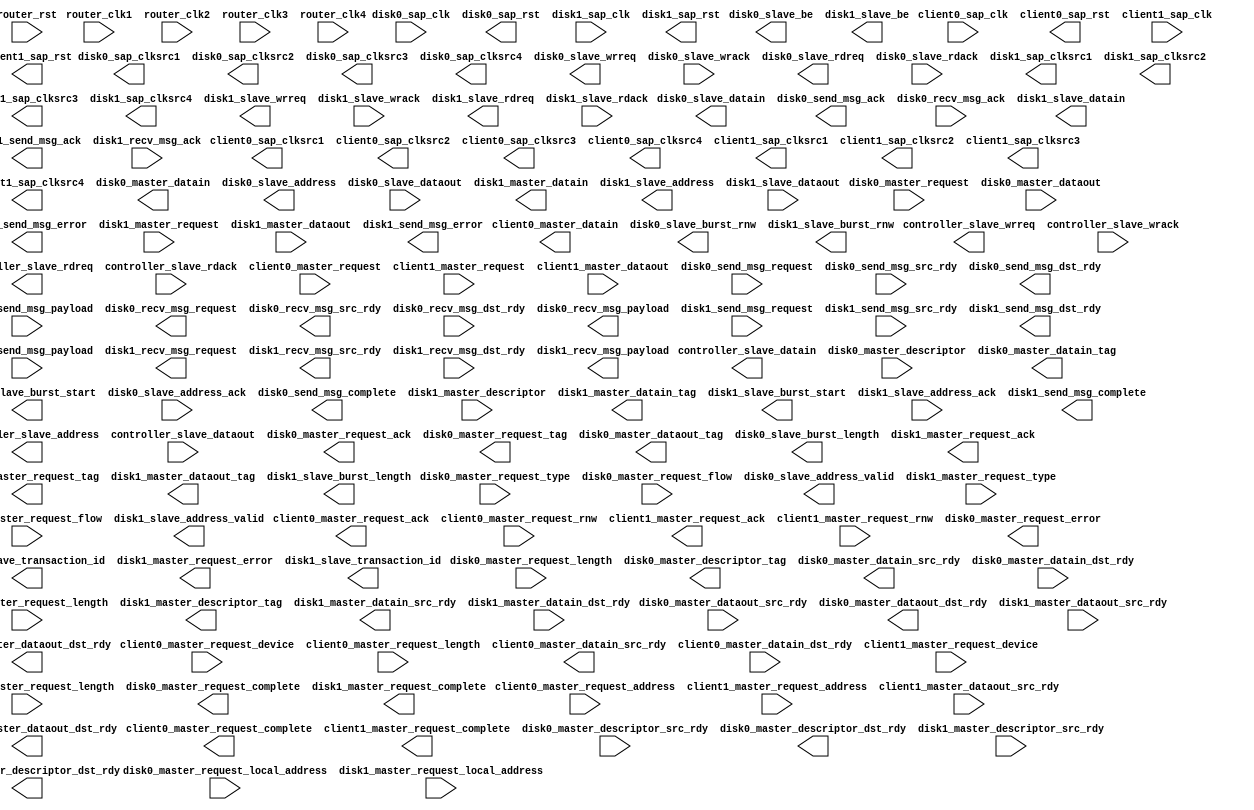
/////////////////////////////////////////////////////////////////////////////
// system_c.v
// 7/7/2011
//
// Sungho Park
// Microsystems Design Lab
// Department of Computer Science and Engineering
// Pennsylvania State University
/////////////////////////////////////////////////////////////////////////////

`timescale 1ns / 1ps

`define CHANNEL_TYPE_OUTPUT	0
`define CHANNEL_TYPE_INPUT	1
`define CHANNEL_TYPE_BIDIR	2
`define	CHANNEL_TYPE_NONE	3

module router
(
	router_clk1							,
	router_clk2							,
	router_clk3							,
	router_clk4							,
	router_rst							,
	
	controller_slave_address			,
	controller_slave_wrreq				,
	controller_slave_wrack				,
	controller_slave_datain				,
	controller_slave_rdreq				,
	controller_slave_rdack				,
	controller_slave_dataout			,
	
	client0_sap_clksrc1					,
	client0_sap_clksrc2					,
	client0_sap_clksrc3					,
	client0_sap_clksrc4					,
	client0_sap_clk						,
	client0_sap_rst						,
	client0_master_request				,
	client0_master_request_device		,
	client0_master_request_ack			,
	client0_master_request_complete		,
	client0_master_request_address		,
	client0_master_request_length		,
	client0_master_request_rnw			,
	client0_master_datain_src_rdy		,
	client0_master_datain_dst_rdy		,
	client0_master_datain				,
		
	client1_sap_clksrc1					,
	client1_sap_clksrc2					,
	client1_sap_clksrc3					,
	client1_sap_clksrc4					,
	client1_sap_clk						,
	client1_sap_rst						,
	client1_master_request				,
	client1_master_request_device		,
	client1_master_request_ack			,
	client1_master_request_complete		,
	client1_master_request_address		,
	client1_master_request_length		,
	client1_master_request_rnw			,
	client1_master_dataout_src_rdy		,
	client1_master_dataout_dst_rdy		,
	client1_master_dataout				,
	
	disk0_sap_clksrc1					,
	disk0_sap_clksrc2					,
	disk0_sap_clksrc3					,
	disk0_sap_clksrc4					,
	disk0_sap_clk						,
	disk0_sap_rst						,
	disk0_master_request				,
	disk0_master_request_ack			,
	disk0_master_request_complete		,
	disk0_master_request_type			,
	disk0_master_request_error			,
	disk0_master_request_tag			,
	disk0_master_request_flow			,
	disk0_master_request_local_address	,
	disk0_master_request_length			,
	disk0_master_descriptor_src_rdy		,
	disk0_master_descriptor_dst_rdy		,
	disk0_master_descriptor_tag			,
	disk0_master_descriptor				,
	disk0_master_datain_src_rdy			,
	disk0_master_datain_dst_rdy			,
	disk0_master_datain_tag				,
	disk0_master_datain					,
	disk0_master_dataout_src_rdy		,
	disk0_master_dataout_dst_rdy		,
	disk0_master_dataout_tag			,
	disk0_master_dataout				,
	disk0_slave_burst_start				,
	disk0_slave_burst_length			,
	disk0_slave_burst_rnw				,
	disk0_slave_address					,
	disk0_slave_transaction_id			,
	disk0_slave_address_valid			,
	disk0_slave_address_ack				,
	disk0_slave_wrreq					,
	disk0_slave_wrack					,
	disk0_slave_be						,
	disk0_slave_datain					,
	disk0_slave_rdreq					,
	disk0_slave_rdack					,
	disk0_slave_dataout					,
	disk0_send_msg_request				,
	disk0_send_msg_ack					,
	disk0_send_msg_complete				,
	disk0_send_msg_error				,
	disk0_send_msg_src_rdy				,
	disk0_send_msg_dst_rdy				,
	disk0_send_msg_payload				,
	disk0_recv_msg_request				,
	disk0_recv_msg_ack					,
	disk0_recv_msg_src_rdy				,
	disk0_recv_msg_dst_rdy				,
	disk0_recv_msg_payload				,

	disk1_sap_clksrc1					,
	disk1_sap_clksrc2					,
	disk1_sap_clksrc3					,
	disk1_sap_clksrc4					,
	disk1_sap_clk						,
	disk1_sap_rst						,
	disk1_master_request				,
	disk1_master_request_ack			,
	disk1_master_request_complete		,
	disk1_master_request_type			,
	disk1_master_request_error			,
	disk1_master_request_tag			,
	disk1_master_request_flow			,
	disk1_master_request_local_address	,
	disk1_master_request_length			,
	disk1_master_descriptor_src_rdy		,
	disk1_master_descriptor_dst_rdy		,
	disk1_master_descriptor_tag			,
	disk1_master_descriptor				,
	disk1_master_datain_src_rdy			,
	disk1_master_datain_dst_rdy			,
	disk1_master_datain_tag				,
	disk1_master_datain					,
	disk1_master_dataout_src_rdy		,
	disk1_master_dataout_dst_rdy		,
	disk1_master_dataout_tag			,
	disk1_master_dataout				,
	disk1_slave_burst_start				,
	disk1_slave_burst_length			,
	disk1_slave_burst_rnw				,
	disk1_slave_address					,
	disk1_slave_transaction_id			,
	disk1_slave_address_valid			,
	disk1_slave_address_ack				,
	disk1_slave_wrreq					,
	disk1_slave_wrack					,
	disk1_slave_be						,
	disk1_slave_datain					,
	disk1_slave_rdreq					,
	disk1_slave_rdack					,
	disk1_slave_dataout					,
	disk1_send_msg_request				,
	disk1_send_msg_ack					,
	disk1_send_msg_complete				,
	disk1_send_msg_error				,
	disk1_send_msg_src_rdy				,
	disk1_send_msg_dst_rdy				,
	disk1_send_msg_payload				,
	disk1_recv_msg_request				,
	disk1_recv_msg_ack					,
	disk1_recv_msg_src_rdy				,
	disk1_recv_msg_dst_rdy				,
	disk1_recv_msg_payload				
	
);

////////////////////////////////////////
//{{{ PORTS
////////////////////////////////////////

input				router_clk1							;
input				router_clk2							;
input				router_clk3							;
input				router_clk4							;
input				router_rst							;

output		[35:0]	controller_slave_address			;
output 				controller_slave_wrreq				;
input				controller_slave_wrack				;
output		[127:0]	controller_slave_datain				;
output				controller_slave_rdreq				;
input				controller_slave_rdack				;
input		[127:0]	controller_slave_dataout			;

output				client0_sap_clksrc1					;
output				client0_sap_clksrc2					;
output				client0_sap_clksrc3					;
output				client0_sap_clksrc4					;
input				client0_sap_clk						;
output				client0_sap_rst						;
input 				client0_master_request				;
input		[15:0]	client0_master_request_device		;
output				client0_master_request_ack			;
output				client0_master_request_complete		;
input		[35 :0]	client0_master_request_address		;
input  		[35 :0] client0_master_request_length		;
input  				client0_master_request_rnw			;
output  	        client0_master_datain_src_rdy		;
input				client0_master_datain_dst_rdy		;
output		[127:0]	client0_master_datain				;

output				client1_sap_clksrc1					;
output				client1_sap_clksrc2					;
output				client1_sap_clksrc3					;
output				client1_sap_clksrc4					;
input				client1_sap_clk						;
output				client1_sap_rst						;
input 				client1_master_request				;
input		[15:0]	client1_master_request_device		;
output				client1_master_request_ack			;
output				client1_master_request_complete		;
input		[35 :0]	client1_master_request_address		;
input  		[35 :0] client1_master_request_length		;
input  				client1_master_request_rnw			;
input  	        	client1_master_dataout_src_rdy		;
output				client1_master_dataout_dst_rdy		;
input		[127:0]	client1_master_dataout				;

output				disk0_sap_clksrc1					;
output				disk0_sap_clksrc2					;
output				disk0_sap_clksrc3					;
output				disk0_sap_clksrc4					;
input				disk0_sap_clk						;
output				disk0_sap_rst						;
input 				disk0_master_request				;
output				disk0_master_request_ack			;
output				disk0_master_request_complete		;
output		[6	:0]	disk0_master_request_error			;
output		[3  :0]	disk0_master_request_tag			;
input		[3  :0]	disk0_master_request_type			;
input		[9  :0]	disk0_master_request_flow			;
input		[35 :0]	disk0_master_request_local_address	;
input  		[35 :0] disk0_master_request_length			;
input				disk0_master_descriptor_src_rdy		;
output				disk0_master_descriptor_dst_rdy		;
output		[3  :0]	disk0_master_descriptor_tag			;
input		[127:0]	disk0_master_descriptor				;
output  	        disk0_master_datain_src_rdy			;
input				disk0_master_datain_dst_rdy			;
output		[3  :0]	disk0_master_datain_tag				;
output		[127:0]	disk0_master_datain					;
input				disk0_master_dataout_src_rdy		;
output				disk0_master_dataout_dst_rdy		;
output		[3  :0]	disk0_master_dataout_tag			;
input		[127:0]	disk0_master_dataout				;
output				disk0_slave_burst_start				;
output		[12 :0]	disk0_slave_burst_length			;
output				disk0_slave_burst_rnw				;
output 		[35 :0] disk0_slave_address					;
output		[3  :0]	disk0_slave_transaction_id			;
output				disk0_slave_address_valid			;
input				disk0_slave_address_ack				;
output 		[3  :0]	disk0_slave_wrreq					;
input				disk0_slave_wrack					;
output 		[15 :0] disk0_slave_be						;
output 		[127:0]	disk0_slave_datain					;
output 		[3  :0] disk0_slave_rdreq					;
input   	      	disk0_slave_rdack					;
input  		[127:0]	disk0_slave_dataout					;
input				disk0_send_msg_request				;
output				disk0_send_msg_ack					;
output				disk0_send_msg_complete				;
output		[1  :0]	disk0_send_msg_error				;
input				disk0_send_msg_src_rdy				;
output				disk0_send_msg_dst_rdy				;
input		[127:0]	disk0_send_msg_payload				;
output				disk0_recv_msg_request				;
input				disk0_recv_msg_ack					;
output				disk0_recv_msg_src_rdy				;
input				disk0_recv_msg_dst_rdy				;
output		[127:0]	disk0_recv_msg_payload				;

output				disk1_sap_clksrc1					;
output				disk1_sap_clksrc2					;
output				disk1_sap_clksrc3					;
output				disk1_sap_clksrc4					;
input				disk1_sap_clk						;
output				disk1_sap_rst						;
input 				disk1_master_request				;
output				disk1_master_request_ack			;
output				disk1_master_request_complete		;
output		[6	:0]	disk1_master_request_error			;
output		[3  :0]	disk1_master_request_tag			;
input		[3  :0]	disk1_master_request_type			;
input		[9  :0]	disk1_master_request_flow			;
input		[35 :0]	disk1_master_request_local_address	;
input  		[35 :0] disk1_master_request_length			;
input				disk1_master_descriptor_src_rdy		;
output				disk1_master_descriptor_dst_rdy		;
output		[3  :0]	disk1_master_descriptor_tag			;
input		[127:0]	disk1_master_descriptor				;
output  	        disk1_master_datain_src_rdy			;
input				disk1_master_datain_dst_rdy			;
output		[3  :0]	disk1_master_datain_tag				;
output		[127:0]	disk1_master_datain					;
input				disk1_master_dataout_src_rdy		;
output				disk1_master_dataout_dst_rdy		;
output		[3  :0]	disk1_master_dataout_tag			;
input		[127:0]	disk1_master_dataout				;
output				disk1_slave_burst_start				;
output		[12 :0]	disk1_slave_burst_length			;
output				disk1_slave_burst_rnw				;
output 		[35 :0] disk1_slave_address					;
output		[3  :0]	disk1_slave_transaction_id			;
output				disk1_slave_address_valid			;
input				disk1_slave_address_ack				;
output 		[3  :0]	disk1_slave_wrreq					;
input				disk1_slave_wrack					;
output 		[15 :0] disk1_slave_be						;
output 		[127:0]	disk1_slave_datain					;
output 		[3  :0] disk1_slave_rdreq					;
input   	      	disk1_slave_rdack					;
input  		[127:0]	disk1_slave_dataout					;
input				disk1_send_msg_request				;
output				disk1_send_msg_ack					;
output				disk1_send_msg_complete				;
output		[1  :0]	disk1_send_msg_error				;
input				disk1_send_msg_src_rdy				;
output				disk1_send_msg_dst_rdy				;
input		[127:0]	disk1_send_msg_payload				;
output				disk1_recv_msg_request				;
input				disk1_recv_msg_ack					;
output				disk1_recv_msg_src_rdy				;
input				disk1_recv_msg_dst_rdy				;
output		[127:0]	disk1_recv_msg_payload				;
////////////////////////////////////////
//}}} PORTS
////////////////////////////////////////




endmodule